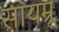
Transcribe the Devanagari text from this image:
सायम्रू